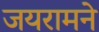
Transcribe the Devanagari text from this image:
जयरामने